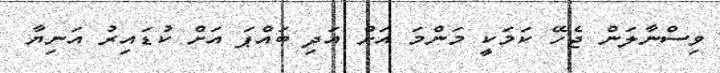
ވިސްނާލަން ޖެހޭ ކަމަކީ މަންމަ އަށް އަދި ބައްޕަ އަށް ކުޑައިރު އަނިޔާ